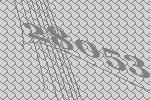
28053